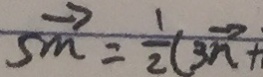
s \overrightarrow { m } = \frac { 1 } { 2 } ( 3 \overrightarrow { n } +